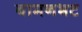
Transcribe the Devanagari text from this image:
बामनभट